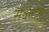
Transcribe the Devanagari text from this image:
सर्वतात